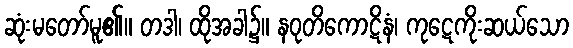
ဆုံးမတော်မူ၏။ တဒါ၊ ထိုအခါ၌။ နဝုတိကောဋိနံ၊ ကုဋေကိုးဆယ်သော